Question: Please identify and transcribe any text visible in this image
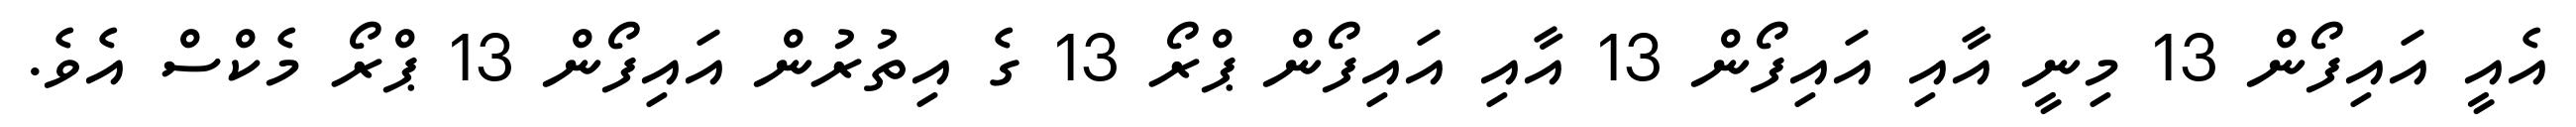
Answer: އެއީ އައިފޯން 13 މިނީ އާއި އައިފޯން 13 އާއި އައިފޯން ޕްރޯ 13 ގެ އިތުރުން އައިފޯން 13 ޕްރޯ މެކްސް އެވެ.